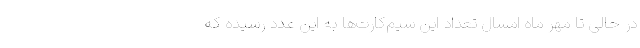
در حالی تا مهر ماه امسال تعداد این سیم‌کارت‌ها به این عدد رسیده که